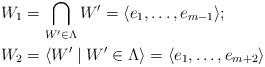
LaTeX: \begin{align*} W_1 &= \bigcap\limits_{W'\in \Lambda} W'=\langle e_1,\dots, e_{m-1}\rangle; \\ W_2 &= \langle W' \mid W'\in\Lambda \rangle = \langle e_1,\dots, e_{m+2}\rangle\end{align*}